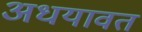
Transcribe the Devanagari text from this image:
अधयावत